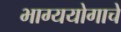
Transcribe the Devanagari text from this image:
भाग्ययोगाचे